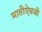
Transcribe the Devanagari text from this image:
मातीऐवजी